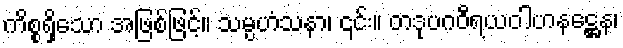
ကိစ္စရှိသော အဖြစ်ဖြင့်။ သမ္ပဟံသနာ၊ ၎င်း။ တဒုပဂဝီရယဝါဟနဋ္ဌေန၊